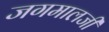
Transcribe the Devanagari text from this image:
जगमालजी